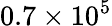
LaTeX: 0.7\times 10^{5}